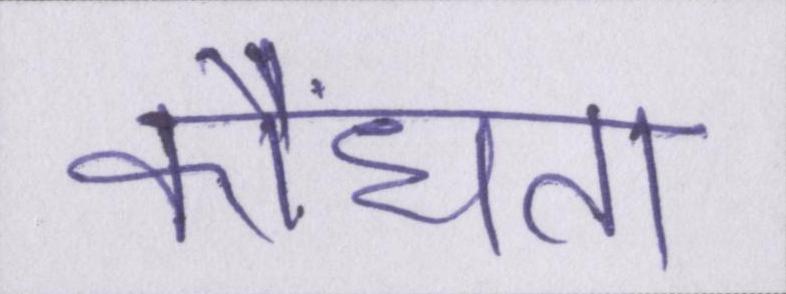
कौंधता